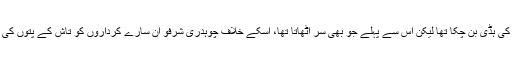
شریفو تو اس کے گلے کی ہڈی بن چکا تھا لیکن اس سے پہلے جو بھی سر اٹھاتا تھا، اسکے خلاف چوہدری شرفو ان سارے کرداروں کو تاش کے پتوں کی طرح استعمال کرتا تھا۔